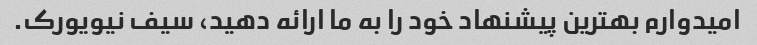
امیدوارم بهترین پیشنهاد خود را به ما ارائه دهید، سیف نیویورک.